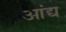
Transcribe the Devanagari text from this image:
आंद्य